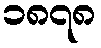
၁၈၇၈